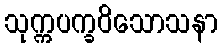
သုက္ကပက္ခဝိသောသနာ